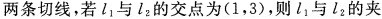
两条切线，若l_{1}与l_{2}的交点为(1，3)，则l_{1}与l_{2}的夹